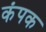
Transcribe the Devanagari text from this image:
कंपक